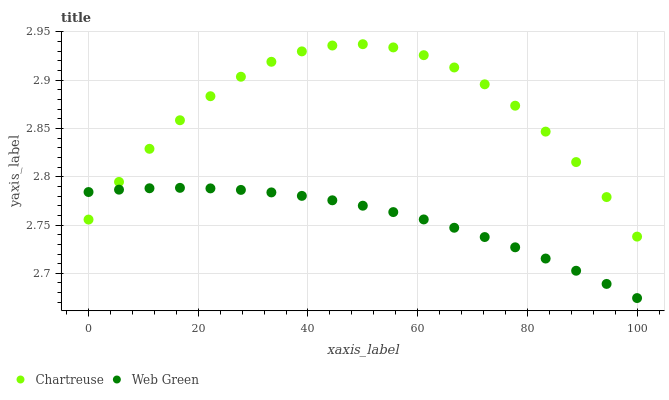
| xaxis_label | Chartreuse | Web Green |
 | --- | --- | --- |
 | 0 | 2.76 | 2.78 |
 | 5.56 | 2.79 | 2.79 |
 | 11.1 | 2.83 | 2.79 |
 | 16.7 | 2.86 | 2.79 |
 | 22.2 | 2.88 | 2.79 |
 | 27.8 | 2.9 | 2.79 |
 | 33.3 | 2.92 | 2.78 |
 | 38.9 | 2.93 | 2.78 |
 | 44.4 | 2.94 | 2.78 |
 | 50 | 2.94 | 2.77 |
 | 55.6 | 2.93 | 2.76 |
 | 61.1 | 2.93 | 2.76 |
 | 66.7 | 2.91 | 2.75 |
 | 72.2 | 2.9 | 2.74 |
 | 77.8 | 2.87 | 2.73 |
 | 83.3 | 2.85 | 2.72 |
 | 88.9 | 2.82 | 2.7 |
 | 94.4 | 2.78 | 2.69 |
 | 100 | 2.74 | 2.67 |